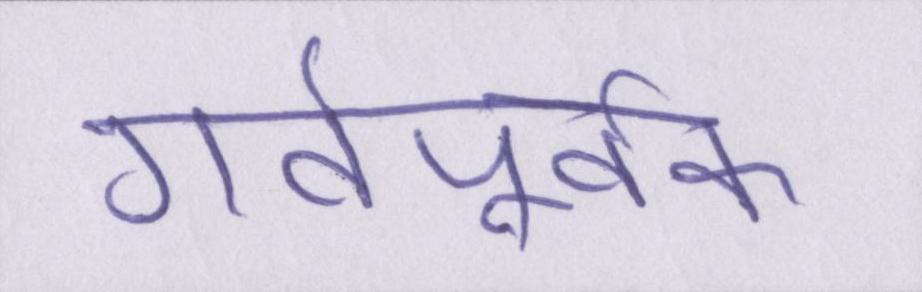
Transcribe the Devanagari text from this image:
गर्वपूर्वक